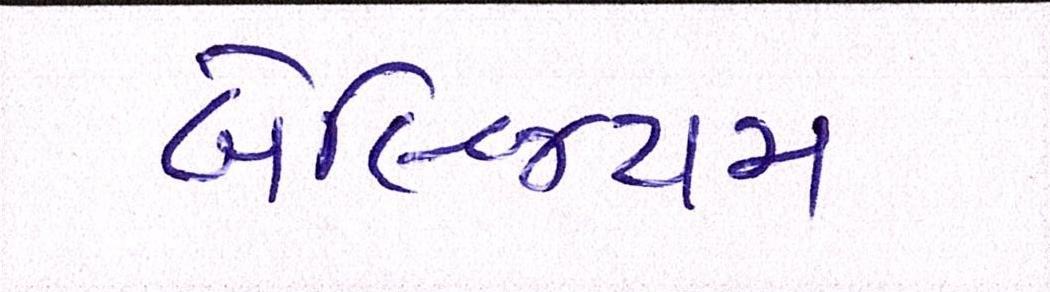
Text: બેલ્જિયમ